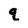
Character: q